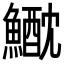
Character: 𩻕